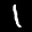
Label: 1